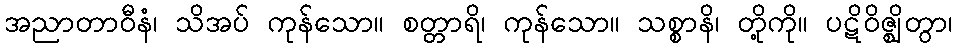
အညာတာဝီနံ၊ သိအပ် ကုန်သော။ စတ္တာရိ၊ ကုန်သော။ သစ္စာနိ၊ တို့ကို။ ပဋိဝိဇ္ဈိတွာ၊